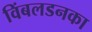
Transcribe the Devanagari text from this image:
विंबलडनका